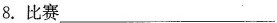
8.比赛___